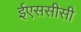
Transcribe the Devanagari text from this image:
ईएससीसी